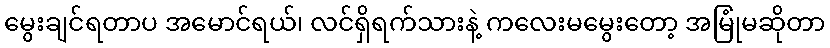
မွေးချင်ရတာပ အမောင်ရယ်၊ လင်ရှိရက်သားနဲ့ ကလေးမမွေးတော့ အမြုံမဆိုတာ